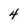
Character: 4